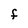
Character: F